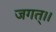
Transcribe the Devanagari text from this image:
जगत्।।